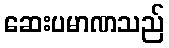
ဆေးပမာဏသည်